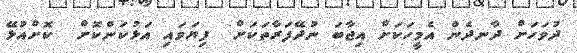
ދުވަހަށް ދާނދެން އެމީހަކަށް އިޖާބަ ނުދޭފަރާތަކަށް  ފިޔަވައި އަޅުކަންކޮށް  ކޮށްއުޅޭ